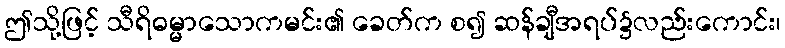
ဤသို့ဖြင့် သီရိဓမ္မာသောကမင်း၏ ခေတ်က စ၍ ဆန်ချီအရပ်၌လည်းကောင်း၊